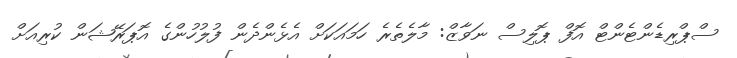
ސްޕްރިޑެންޓެންޓް އޮފް ޕޮލިސް ނަވާޒް: މާލެތެރެ ހަމައަކަށް އެޅެންދެން ފުލުހުންގެ އޮޕަރޭޝަން ކުރިއަށް